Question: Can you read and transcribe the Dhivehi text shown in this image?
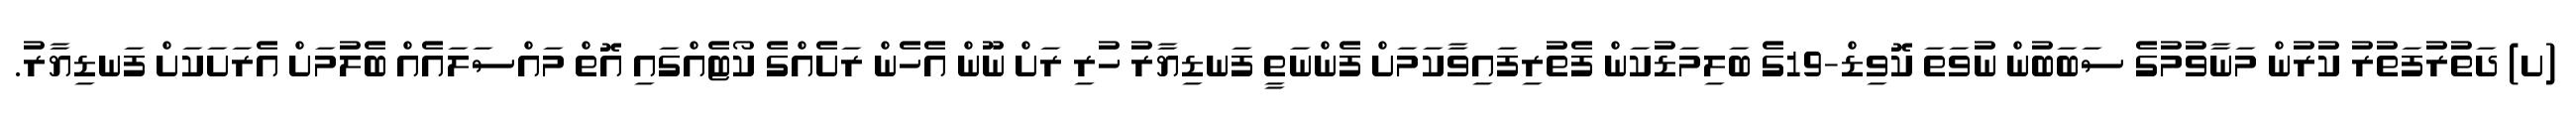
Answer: (ށ) ދަތުރުފަތުރު ކުރުން މަނާވުމުގެ ސަބަބުން ނުވަތަ ކޮވިޑް-19ގެ ބަލިމަޑުކަން ފެތުރިފައިވާކަމަށް ފެންނަތީ ފަނޑިޔާރު ހުރި ރަށް ނޫން އެހެން ރަށެއްގެ ކޯޓެއްގައި އޮތް މައްސަލައެއް ބެލުމަށް އެރަށަކަށް ފަނޑިޔާރު.